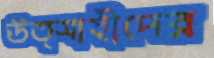
উত্সাহীদের